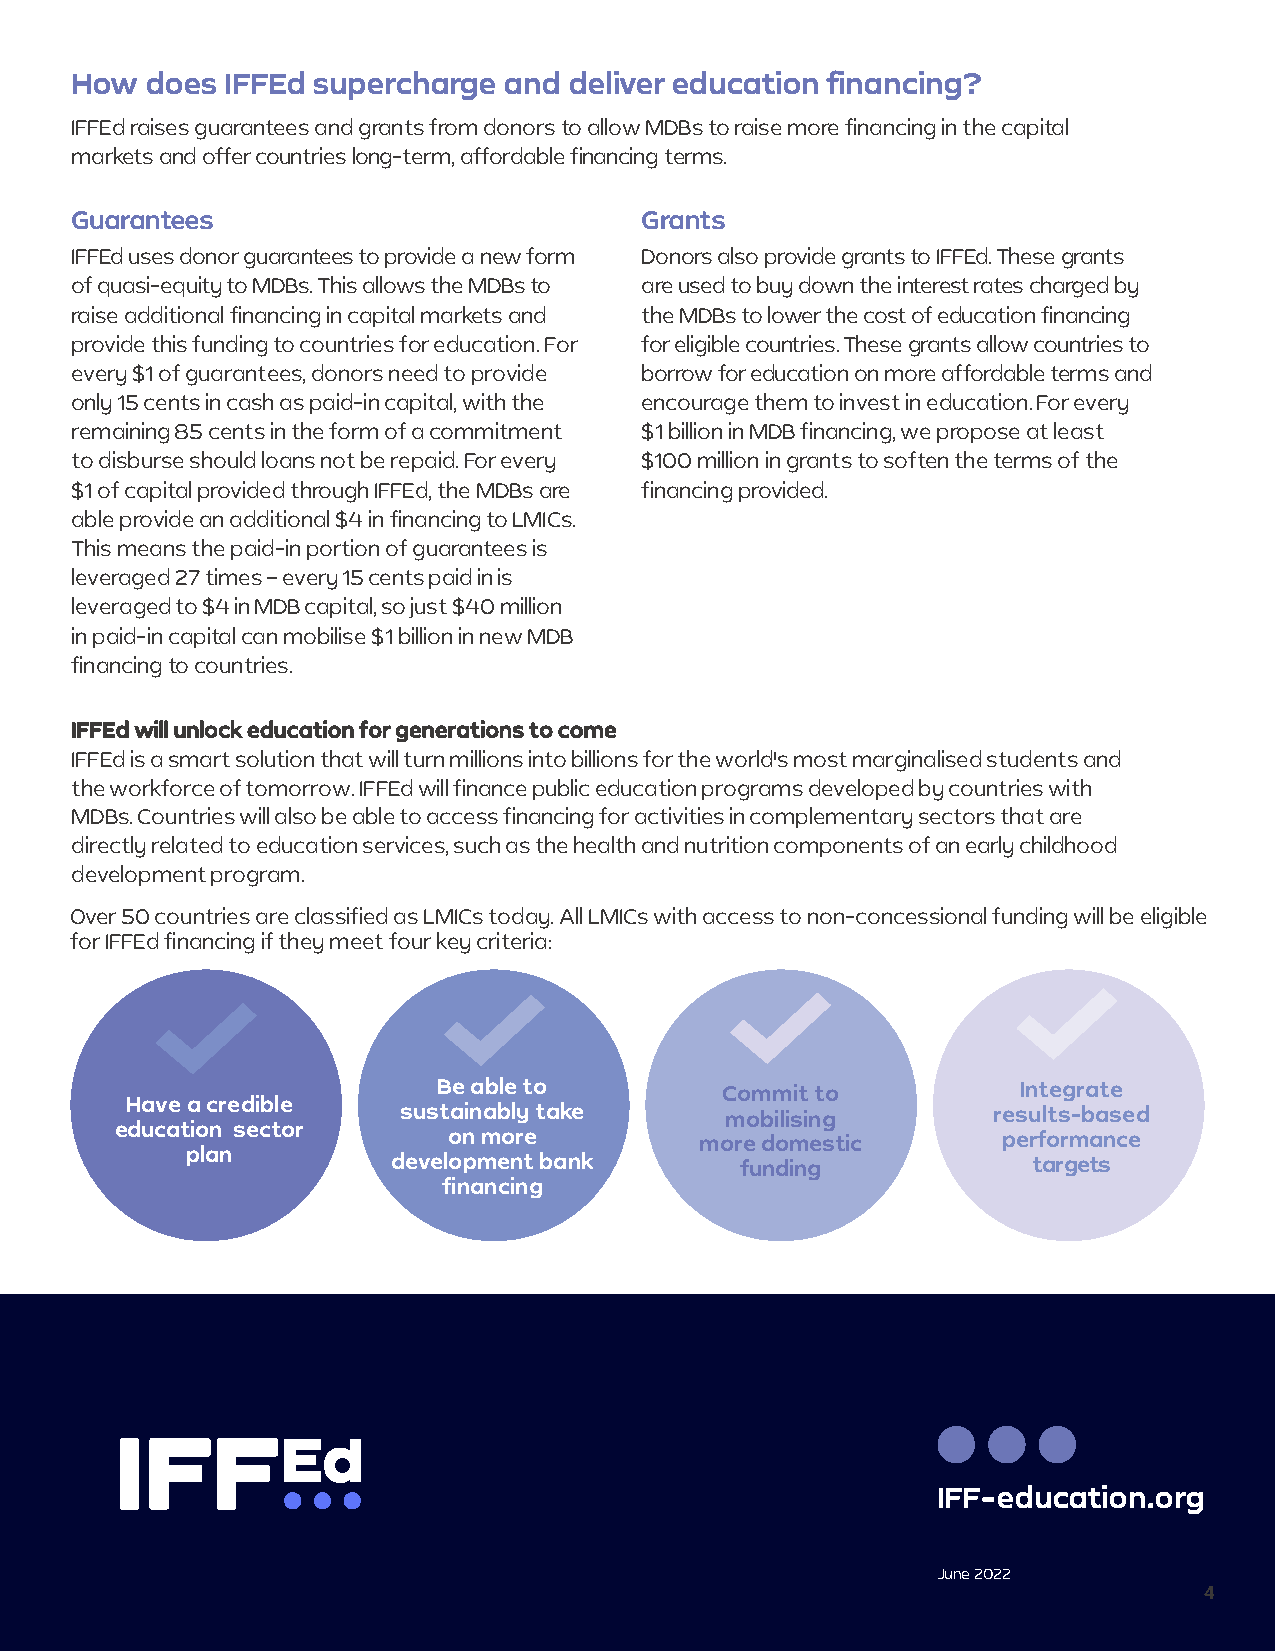
How  does IFFEd supercharge  and deliver education financing?
 IFFEd raises guarantees and grants from donors to allow MDBs to raise more financing in the capital
 markets and offer countries long-term, affordable financing terms.
 Guarantees                           Grants
 IFFEd uses donor guarantees to provide a new form Donors also provide grants to IFFEd. These grants
 of quasi-equity to MDBs. This allows the MDBs to are used to buy down the interest rates charged by
 raise additional financing in capital markets and the MDBs to lower the cost of education financing
 provide this funding to countries for education. For for eligible countries. These grants allow countries to
 every $1 of guarantees, donors need to provide borrow for education on more affordable terms and
 only 15 cents in cash as paid-in capital, with the encourage them to invest in education. For every
 remaining 85 cents in the form of a commitment $1 billion in MDB financing, we propose at least
 to disburse should loans not be repaid. For every $100 million in grants to soften the terms of the
 $1 of capital provided through IFFEd, the MDBs are financing provided.
 able provide an additional $4 in financing to LMICs.
 This means the paid-in portion of guarantees is
 leveraged 27 times – every 15 cents paid in is
 leveraged to $4 in MDB capital, so just $40 million
 in paid-in capital can mobilise $1 billion in new MDB
 financing to countries.
 IFFEd will unlock education for generations to come
 IFFEd is a smart solution that will turn millions into billions for the world's most marginalised students and
 the workforce of tomorrow. IFFEd will finance public education programs developed by countries with
 MDBs. Countries will also be able to access financing for activities in complementary sectors that are
 directly related to education services, such as the health and nutrition components of an early childhood
 development program.
 Over 50 countries are classified as LMICs today. All LMICs with access to non-concessional funding will be eligible
 for IFFEd financing if they meet four key criteria:
 Be able to         Commit to          Integrate
 Have a credible
 sustainably take      mobilising        results-based
 education sector
 on more         more domestic       performance
 plan
 development bank       funding            targets
 financing
 IFF-education.org
 June 2022
 4